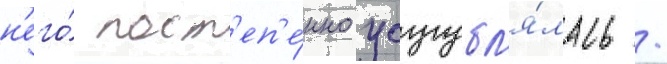
н'его́ пост'еп'е́нно усугубл'я́лась /